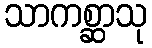
သာကစ္ဆာသု